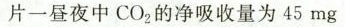
片一昼夜中CO_{2} 的净吸量为45mg